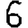
Digit: 6